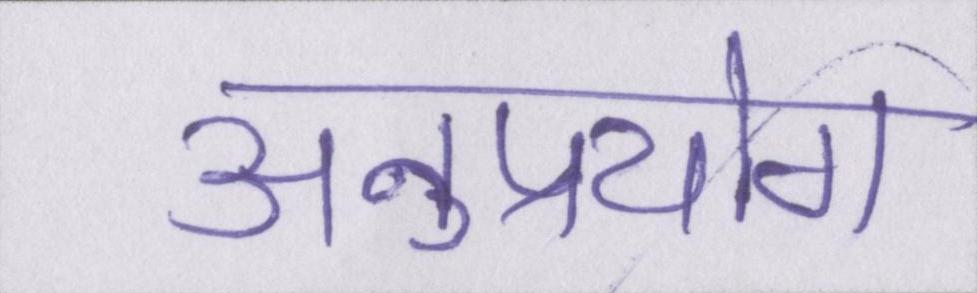
अनुप्रयोग